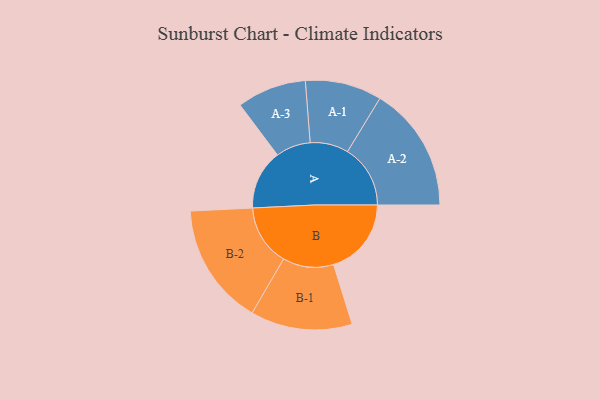
{"axis": {"x": "Segment", "y": "Value"}, "legend": ["", "A", "B"], "data": [{"x": "A", "y": 200, "type": ""}, {"x": "B", "y": 260, "type": ""}, {"x": "A-1", "y": 128, "type": "A"}, {"x": "A-2", "y": 210, "type": "A"}, {"x": "A-3", "y": 116, "type": "A"}, {"x": "B-1", "y": 170, "type": "B"}, {"x": "B-2", "y": 204, "type": "B"}]}